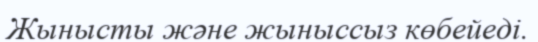
Жынысты және жыныссыз көбейеді.